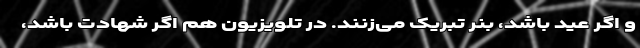
و اگر عید باشد، بنر تبریک می‌زنند. در تلویزیون هم اگر شهادت باشد،